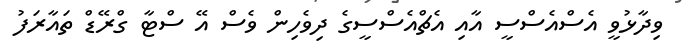
ވިދާޅުވީ އެސްއެސްސީ އާއި އެޗްއެސްސީގެ ދިވެހިން ވެސް އޭ ސްޓާ ގްރޭޑް ތައާރަފު